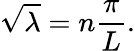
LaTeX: {\sqrt{\lambda}}=n{\frac{\pi}{L}}.